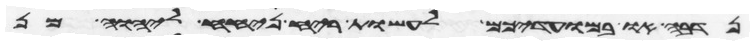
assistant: נדבה או במועדיכם לעשות ריח ניחח ליהוה מן